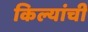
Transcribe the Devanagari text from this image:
किल्यांची